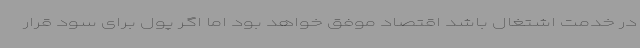
در خدمت اشتغال باشد اقتصاد موفق خواهد بود اما اگر پول برای سود قرار